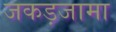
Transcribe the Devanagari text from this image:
जकड़जामा